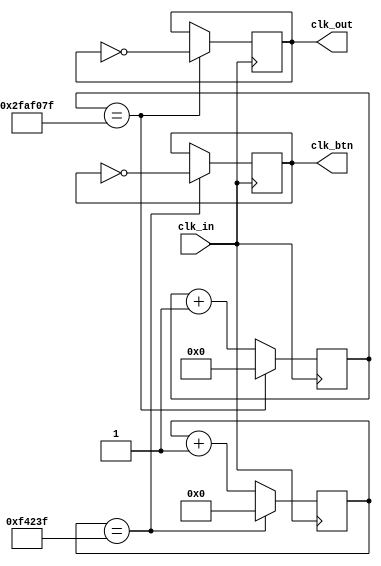
//?
module time_div(clk_in,clk_out,clk_btn);
	input clk_in;
	output reg clk_out=0;
    output reg clk_btn=0;
 	reg[26:0] clk_div_cnt=0;
    reg[19:0] clk_div_cnt2=0;
        always @ (posedge clk_in)
        begin
            if (clk_div_cnt==27'd49999999)
            begin
                clk_out <= ~clk_out;
                clk_div_cnt<=0;
            end
            else
                clk_div_cnt<=clk_div_cnt+1;
        end
        always @(posedge clk_in)
        begin
            if (clk_div_cnt2 == 20'd999999) begin
               clk_btn<=~clk_btn;
               clk_div_cnt2 <= 0;
            end
            else 
                clk_div_cnt2 <= clk_div_cnt2 + 1;
       end
 endmodule

//??24h
//module time_div(clk_in,clk_out);
//	input clk_in;
//	output reg clk_out=0;
// 	reg[26:0] clk_div_cnt=0;
// 	reg[16:0] temp_div=0;
//        always @ (posedge clk_in)
//        begin
//            if (clk_div_cnt==99999999)
//            begin
//                temp_div = temp_div + 1;
//                clk_div_cnt=0;
//            end
//            else begin
//                clk_div_cnt=clk_div_cnt+1;
//            end
//            if (temp_div == 86400/2)
//            begin
//                clk_out = !clk_out;
//                clk_div_cnt = 0;
//                temp_div = 0;
//            end
//       end
// endmodule